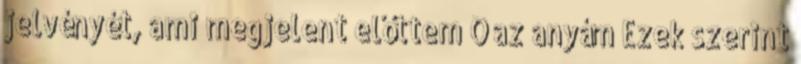
jelvényét, ami megjelent előttem Ő az anyám Ezek szerint